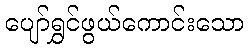
ပျော်ရွှင်ဖွယ်ကောင်းသော